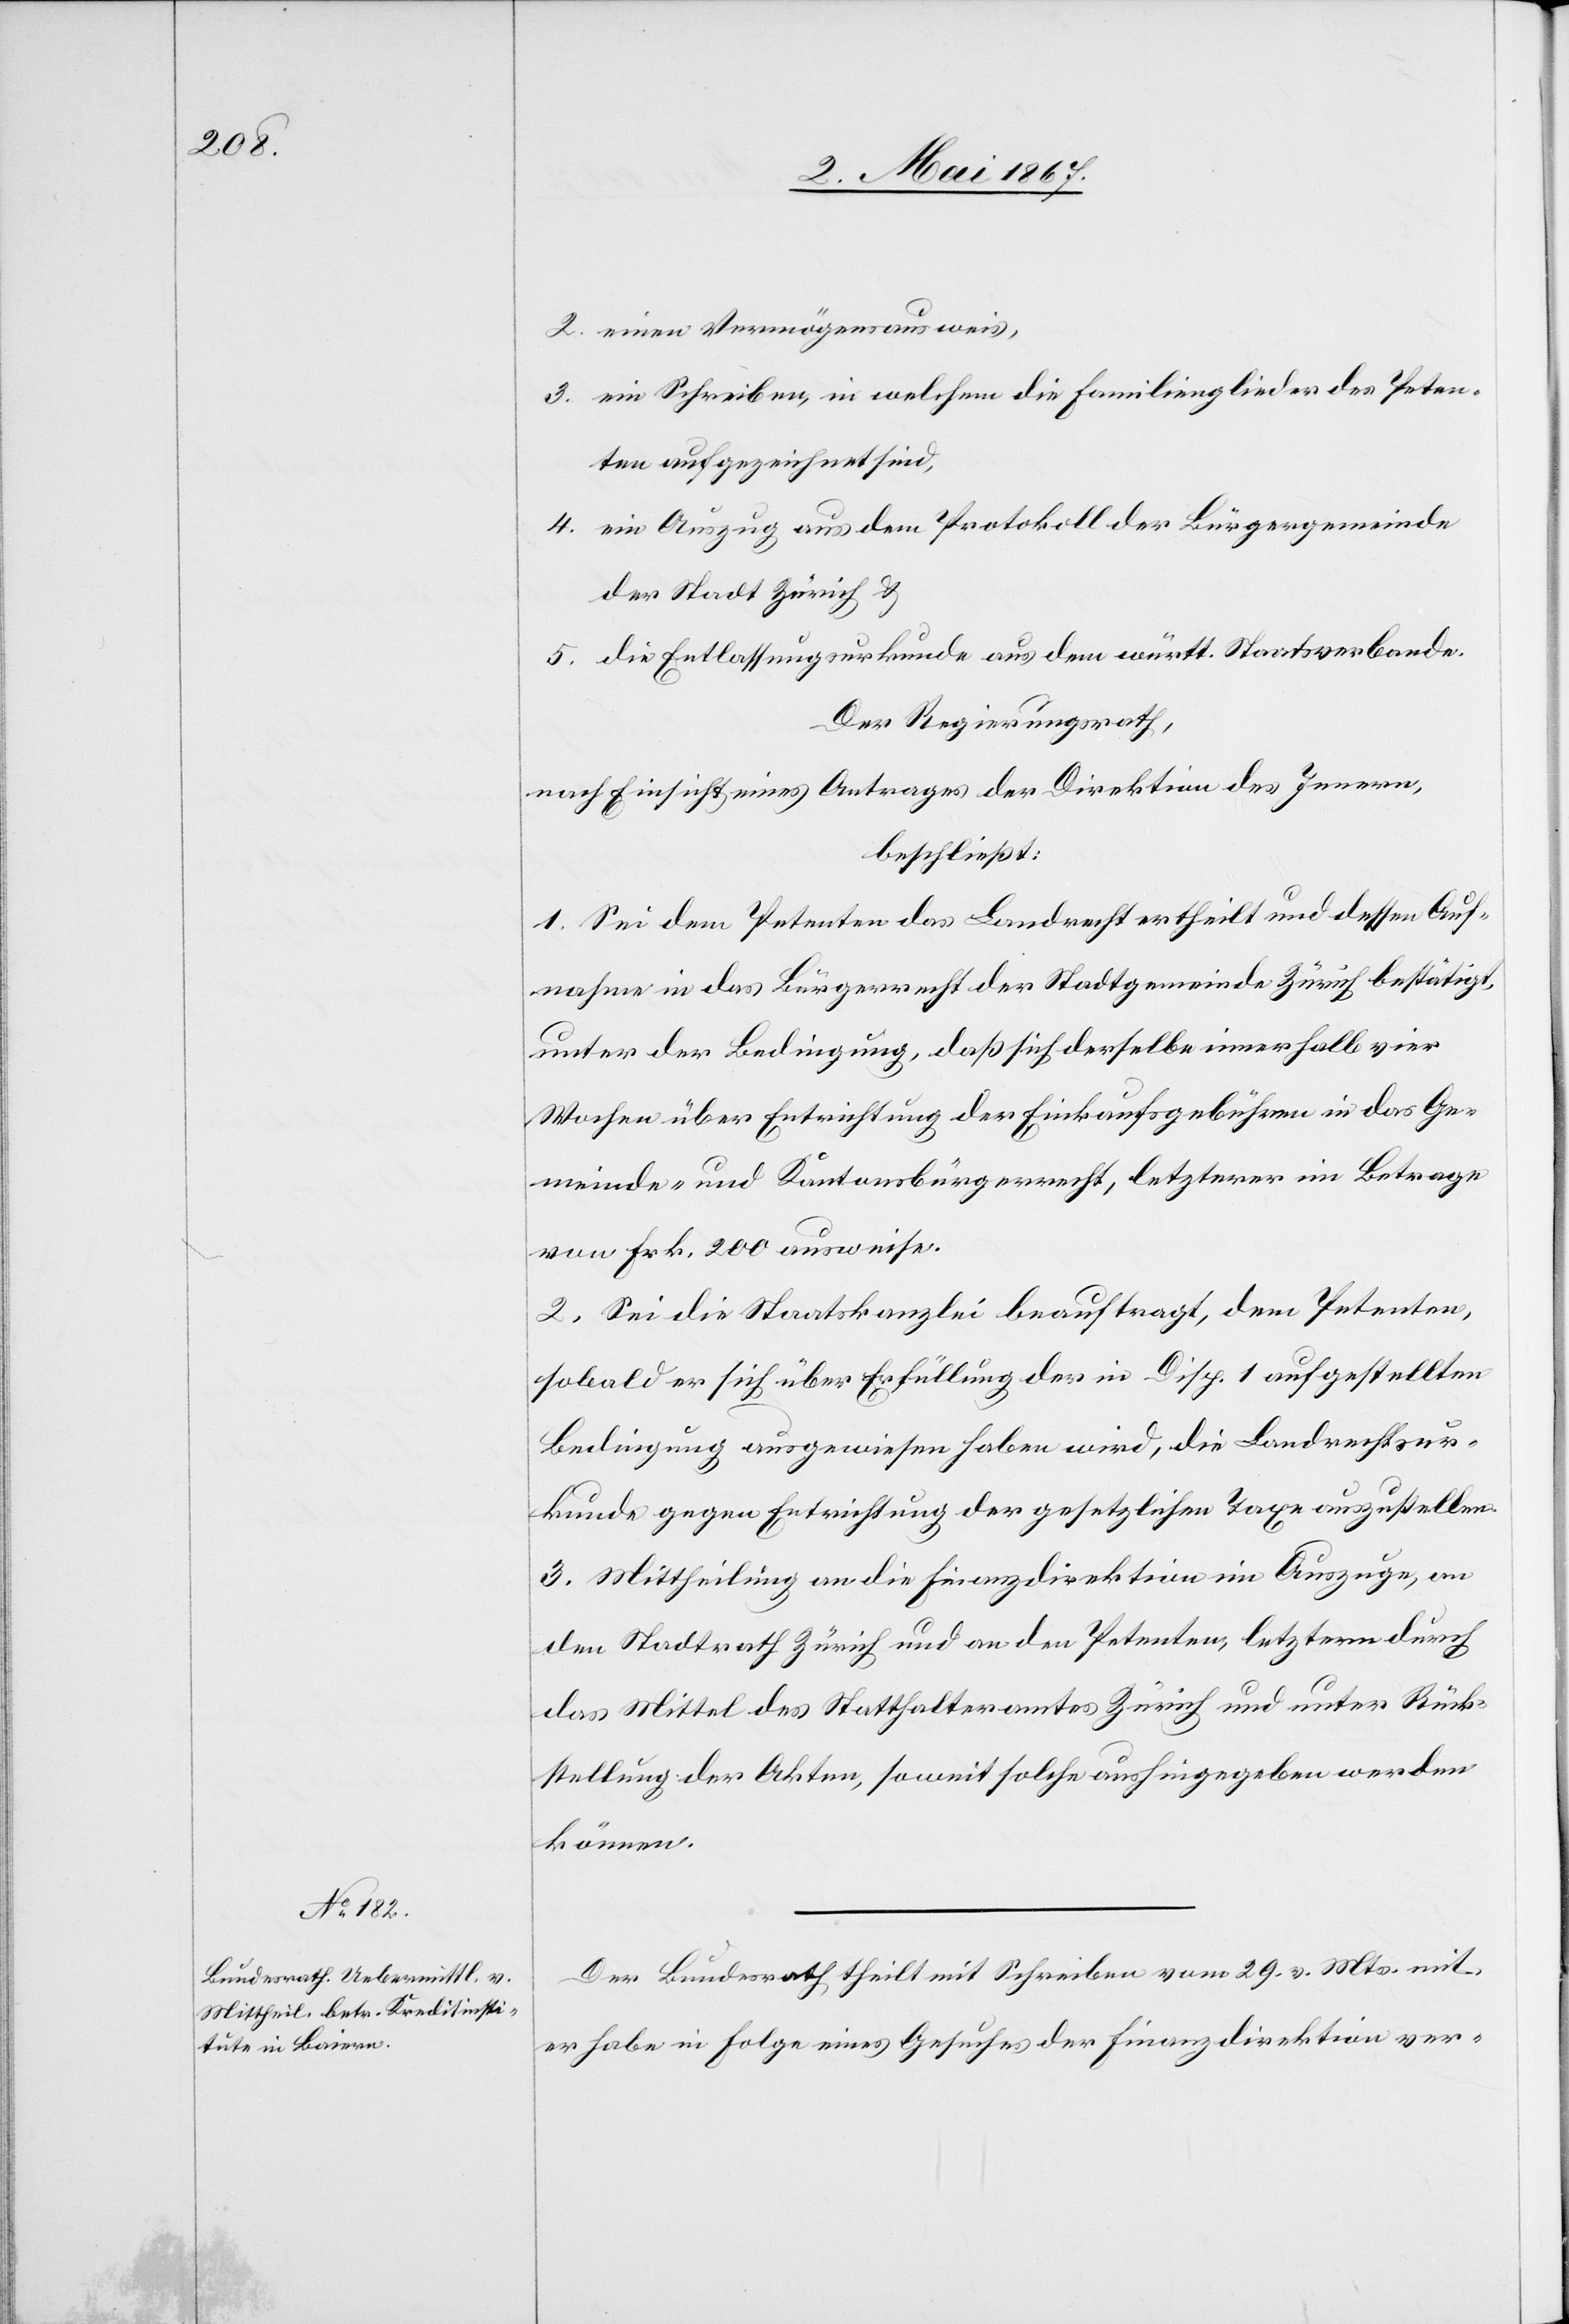
2. einen Vermögensausweis,
3. ein Schreiben, in welchem die Familienglieder des Peten¬
ten aufgezeichnet sind,
4. ein Auszug aus dem Protokoll der Bürgergemeinde
der Stadt Zürich u.
5. die Entlassungsurkunde aus dem württ. Staatsverbande.
Der Regierungsrath,
nach Einsicht eines Antrages der Direktion des Innern,
beschließt:
1. Sei dem Petenten das Landrecht ertheilt und dessen Auf¬
nahme in das Bürgerrecht der Stadtgemeinde Zürich bestätigt,
unter der Bedingung, daß sich derselbe innerhalb vier
Wochen über Entrichtung der Einkaufsgebühren in das Ge¬
meinde- und Kantonsbürgerrecht, letzterer im Betrage
von Frk. 200 ausweise.
2. Sei die Staatskanzlei beauftragt, dem Petenten,
sobald er sich über Erfüllung der in Disp. 1 aufgestellten
Bedingung ausgewiesen haben wird, die Landrechtsur¬
kunde gegen Entrichtung der gesetzlichen Taxe auszustellen.
3. Mittheilung an die Finanzdirektion im Auszuge, an
den Stadtrath Zürich und an den Petenten, letzterm durch
das Mittel des Statthalteramtes und unter Rücksendung
können.
Der Bundesrath theilt mit Schreiben vom 29. v. Mts. mit,
er habe in Folge eines Gesuches der Finanzdirektion ver-